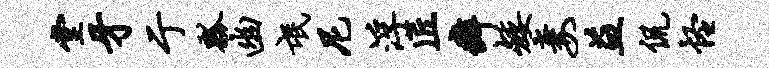
堂牙亍瓢幽氓尼浮匠癖矮妻益侃怪